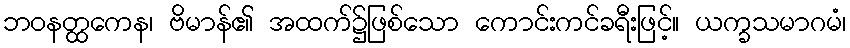
ဘဝနတ္ထကေန၊ ဗိမာန်၏ အထက်၌ဖြစ်သော ကောင်းကင်ခရီးဖြင့်။ ယက္ခသမာဂမံ၊